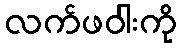
လက်ဖဝါးကို